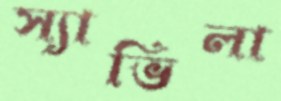
স্যাভিলা